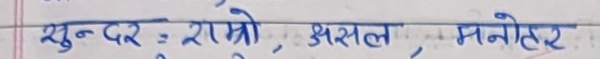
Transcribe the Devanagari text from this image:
सुन्दर : राम्रो, सरल, मनोहर